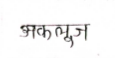
मजकूर: अकलूज